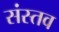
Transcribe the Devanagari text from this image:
संस्तव